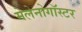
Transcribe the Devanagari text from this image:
मेलेनोगॉस्टर